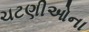
ચટણીઓના